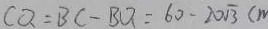
C Q = B C - B Q = 6 0 - 2 0 \sqrt { 3 } ( m